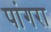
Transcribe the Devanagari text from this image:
पांगरा